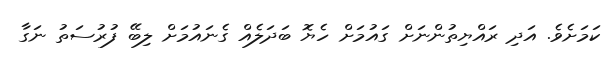
ކަމަށެވެ. އަދި ރައްޔިތުންނަށް ގައުމަށް ހެޔޮ ބަދަލެއް ގެނައުމަށް ލިބޭ ފުރުސަތު ނަގާ